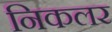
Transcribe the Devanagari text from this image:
निकलर